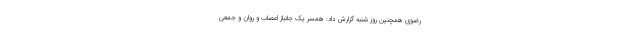
رضوی همچنین روز شنبه گزارش داد: همسر یک جانباز اعصاب و روان و جمعی